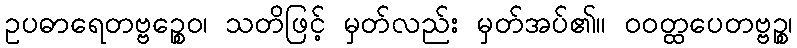
ဥပဓာရေတဗ္ဗဉ္စေဝ၊ သတိဖြင့် မှတ်လည်း မှတ်အပ်၏။ ဝဝတ္ထပေတဗ္ဗဉ္စ၊